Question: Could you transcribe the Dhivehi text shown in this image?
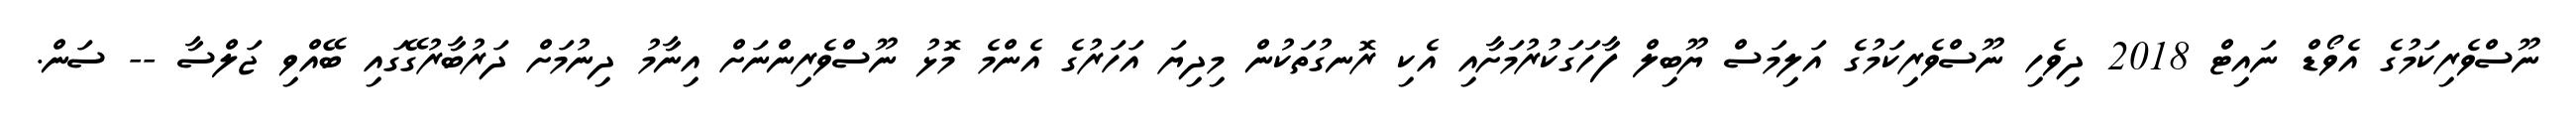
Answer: ނޫސްވެރިކަމުގެ އެވޯޑް ނައިޓް 2018 ދިވެހި ނޫސްވެރިކަމުގެ އަލިމަސް ޔޫބިލް ފާހަގަކުރުމަށާއި އެކި ރޮނގުތަކުން މިދިޔަ އަހަރުގެ އެންމެ މޮޅު ނޫސްވެރިންނަށް އިނާމު ދިނުމަށް ދަރުބާރުގޭގައި ބޭއްވި ޖަލްސާ -- ސަން.